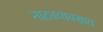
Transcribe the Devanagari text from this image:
नाट्यव्यवसाय